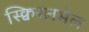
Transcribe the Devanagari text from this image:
स्क्विरलमेल